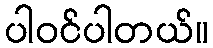
ပါဝင်ပါတယ်။